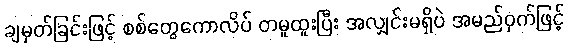
ချမှတ်ခြင်းဖြင့် စစ်တွေကောလိပ် တမူထူးပြီး အလျှင်းမရှိပဲ အမည်ဝှက်ဖြင့်